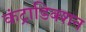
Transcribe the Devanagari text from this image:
कंट्राडिक्शन